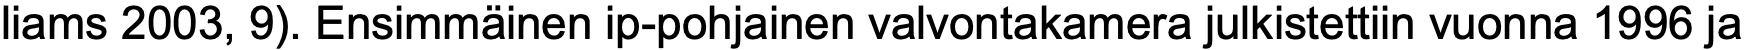
liams 2003, 9). Ensimmäinen ip-pohjainen valvontakamera julkistettiin vuonna 1996 ja